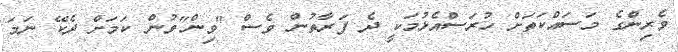
ވެރިންގެ މަސައްކަތަށް ހުރަސްއެޅުމަކީ ދެ ފަރާތުން ވެސް "ވިން"ވުން ކަމަށް ދެކޭ ނަމަ